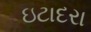
ઇટાદરા